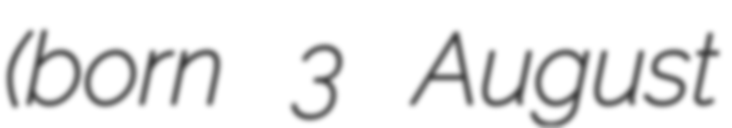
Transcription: (born 3 August